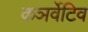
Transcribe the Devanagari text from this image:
कञर्वेटिव